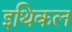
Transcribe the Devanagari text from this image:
इथिकल